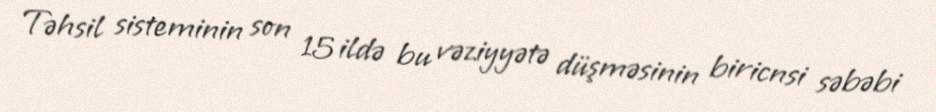
Təhsil sisteminin son 15 ildə bu vəziyyətə düşməsinin biricnsi səbəbi